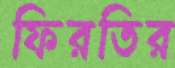
ফিরতির